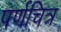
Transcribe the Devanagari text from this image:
पर्णचित्र